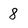
Character: 8